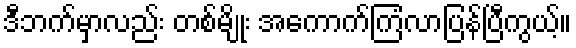
ဒီဘက်မှာလည်း တစ်မျိုး အကောက်ကြံလာပြန်ပြီကွယ့်။